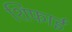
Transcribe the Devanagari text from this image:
शिफाई